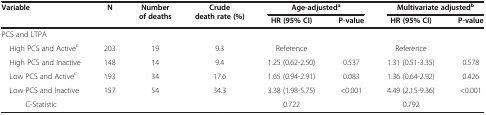
<table><thead><tr><td><b>Variable</b></td><td><b>N</b></td><td><b>Number of deaths</b></td><td><b>Crude death rate (%)</b></td><td colspan="2"><b>Age-adjusted<sup>a</sup></b></td><td colspan="2"><b>Multivariate adjusted<sup>b</sup></b></td></tr><tr><td><b> </b></td><td><b> </b></td><td><b> </b></td><td><b> </b></td><td><b>HR (95% CI)</b></td><td><b>P-value</b></td><td><b>HR (95% CI)</b></td><td><b>P-value</b></td></tr></thead><tbody><tr><td>PCS and LTPA</td><td> </td><td> </td><td> </td><td> </td><td> </td><td> </td><td> </td></tr><tr><td> High PCS and Active<sup>c</sup></td><td>203</td><td>19</td><td>9.3</td><td>Reference</td><td> </td><td>Reference</td><td> </td></tr><tr><td> High PCS and Inactive</td><td>148</td><td>14</td><td>9.4</td><td>1.25 (0.62-2.50)</td><td>0.537</td><td>1.31 (0.51-3.35)</td><td>0.578</td></tr><tr><td> Low PCS and Active<sup>c</sup></td><td>193</td><td>34</td><td>17.6</td><td>1.65 (0.94-2.91)</td><td>0.083</td><td>1.36 (0.64-2.92)</td><td>0.426</td></tr><tr><td> Low PCS and Inactive</td><td>157</td><td>54</td><td>34.3</td><td>3.38 (1.98-5.75)</td><td>&lt;0.001</td><td>4.49 (2.15-9.36)</td><td>&lt;0.001</td></tr><tr><td>C-Statistic</td><td> </td><td> </td><td> </td><td>0.722</td><td> </td><td>0.792</td><td> </td></tr></tbody></table>